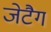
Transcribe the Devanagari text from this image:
जेटैग